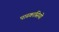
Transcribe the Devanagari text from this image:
पास्कासियो